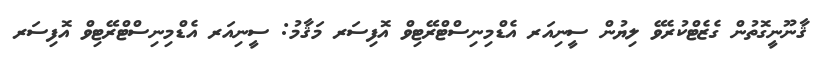
ޤާނޫނީގޮތުން ގެޒެޓްކުރެވޭ ލިޔުން ސީނިއަރ އެޑްމިނިސްޓްރޭޓިވް އޮފިސަރ މަޤާމު: ސީނިއަރ އެޑްމިނިސްޓްރޭޓިވް އޮފިސަރ